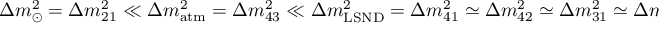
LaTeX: \Delta m _ { \odot } ^ { 2 } = \Delta m _ { 2 1 } ^ { 2 } \ll \Delta m _ { \mathrm { a t m } } ^ { 2 } = \Delta m _ { 4 3 } ^ { 2 } \ll \Delta m _ { \mathrm { L S N D } } ^ { 2 } = \Delta m _ { 4 1 } ^ { 2 } \simeq \Delta m _ { 4 2 } ^ { 2 } \simeq \Delta m _ { 3 1 } ^ { 2 } \simeq \Delta m _ { 3 2 } ^ { 2 }